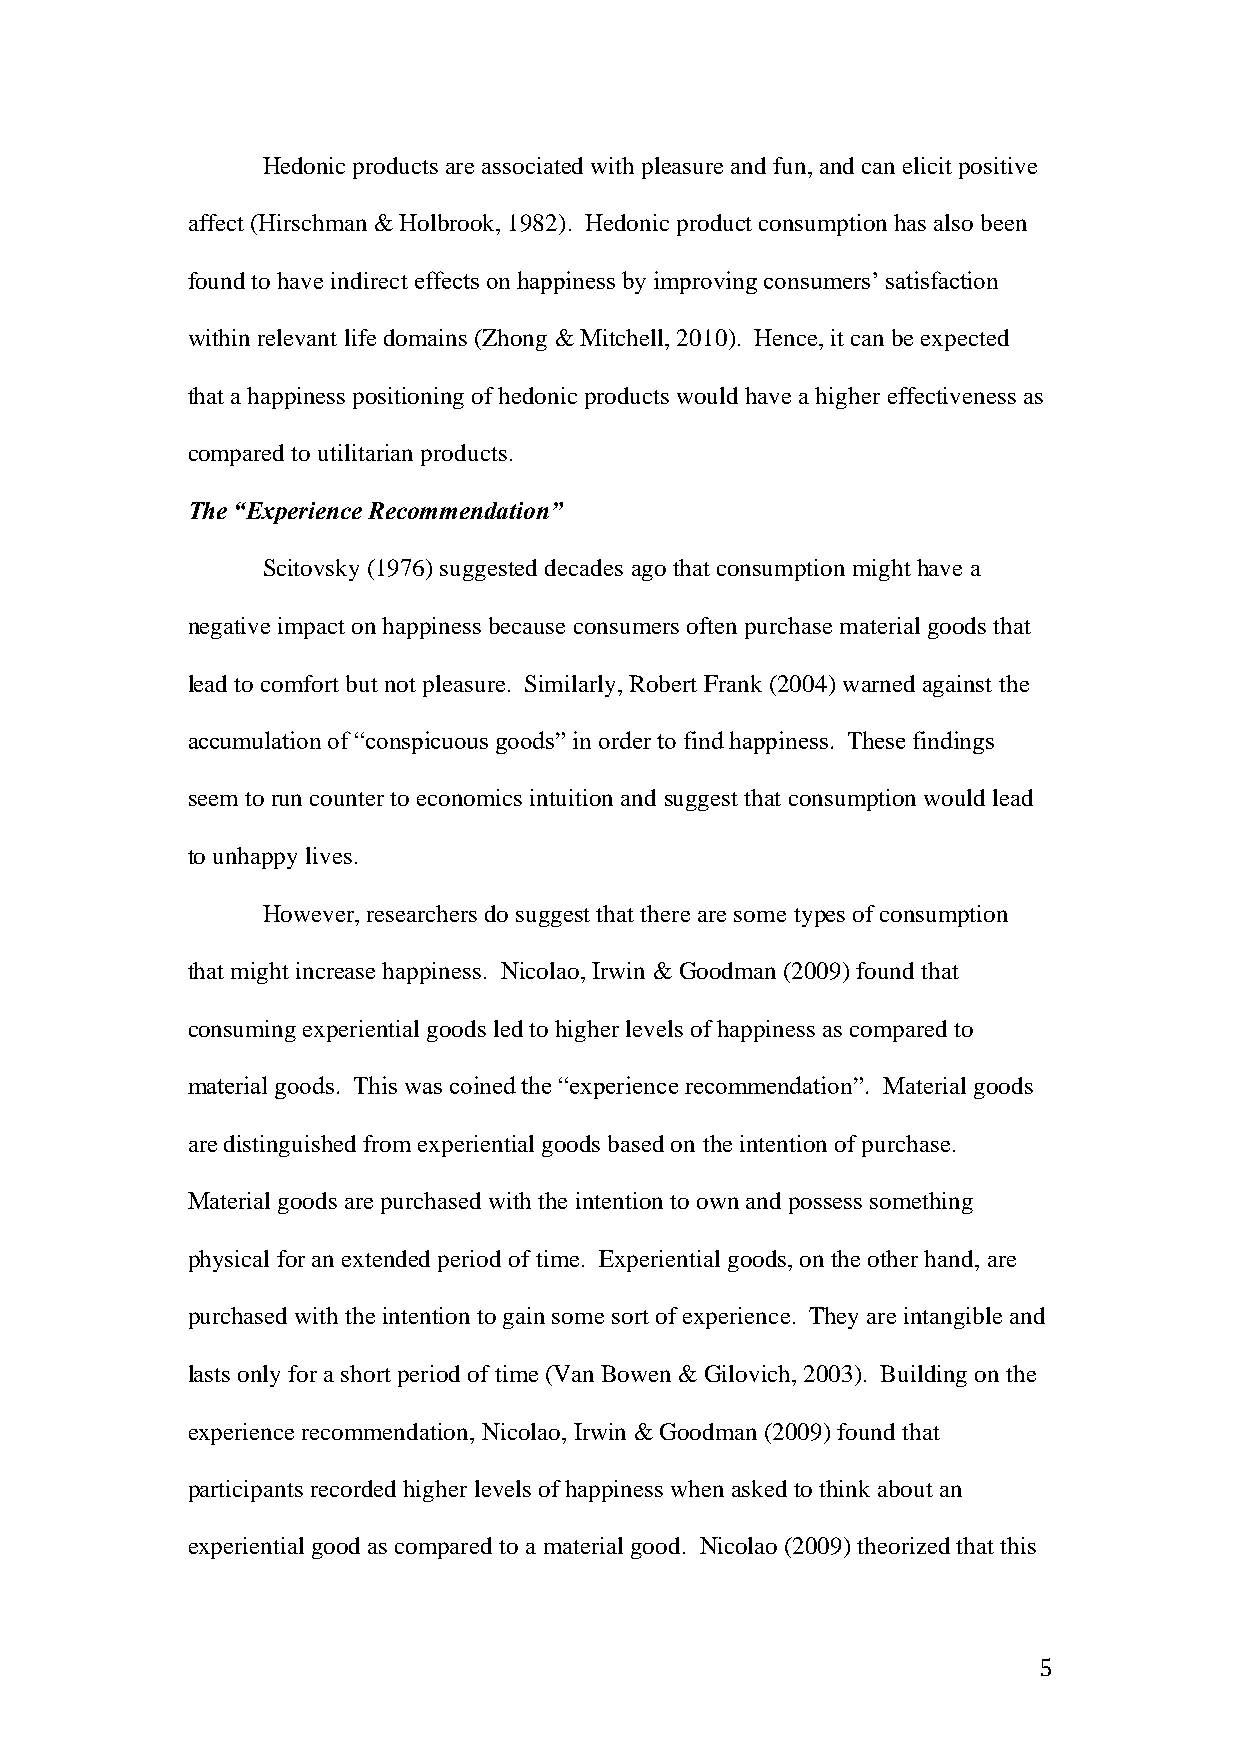
Hedonic products are associated with pleasure and fun, and can elicit positive
 affect (Hirschman & Holbrook, 1982). Hedonic product consumption has also been
 found to have indirect effects on happiness by improving consumers’ satisfaction
 within relevant life domains (Zhong & Mitchell, 2010). Hence, it can be expected
 that a happiness positioning of hedonic products would have a higher effectiveness as
 compared to utilitarian products.
 The “Experience Recommendation”
 Scitovsky (1976) suggested decades ago that consumption might have a
 negative impact on happiness because consumers often purchase material goods that
 lead to comfort but not pleasure. Similarly, Robert Frank (2004) warned against the
 accumulation of “conspicuous goods” in order to find happiness. These findings
 seem to run counter to economics intuition and suggest that consumption would lead
 to unhappy lives.
 However, researchers do suggest that there are some types of consumption
 that might increase happiness. Nicolao, Irwin & Goodman (2009) found that
 consuming experiential goods led to higher levels of happiness as compared to
 material goods. This was coined the “experience recommendation”. Material goods
 are distinguished from experiential goods based on the intention of purchase.
 Material goods are purchased with the intention to own and possess something
 physical for an extended period of time. Experiential goods, on the other hand, are
 purchased with the intention to gain some sort of experience. They are intangible and
 lasts only for a short period of time (Van Bowen & Gilovich, 2003). Building on the
 experience recommendation, Nicolao, Irwin & Goodman (2009) found that
 participants recorded higher levels of happiness when asked to think about an
 experiential good as compared to a material good. Nicolao (2009) theorized that this
 5